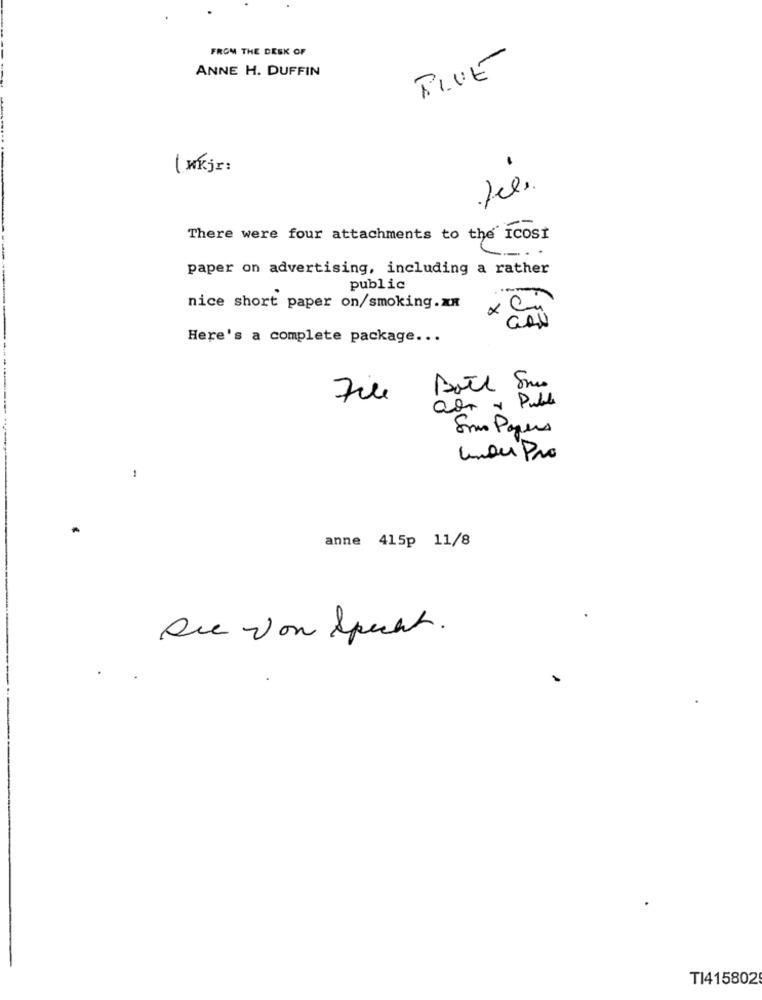
FROM THE DESK OF
ANNE H. DUFFIN
( KKjr:
There were four attachments to the' ICOSI
----
paper on advertising, including a rather
public
nice short paper on/smoking.xx
GAN
Here's a complete package ...
Date Sm
File
adr + Duble
Sono Paques
Under Pro
anne 415p 11/8
Die von Spent.
TI415802